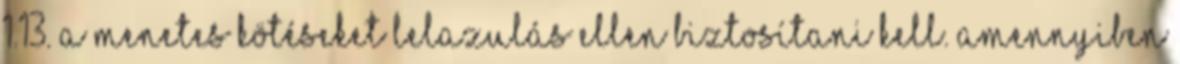
1.13. A menetes kötéseket lelazulás ellen biztosítani kell. Amennyiben